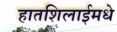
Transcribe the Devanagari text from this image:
हातशिलाईमधे